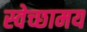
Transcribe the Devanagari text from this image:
स्वेच्छामय